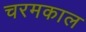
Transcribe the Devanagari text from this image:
चरमकाल